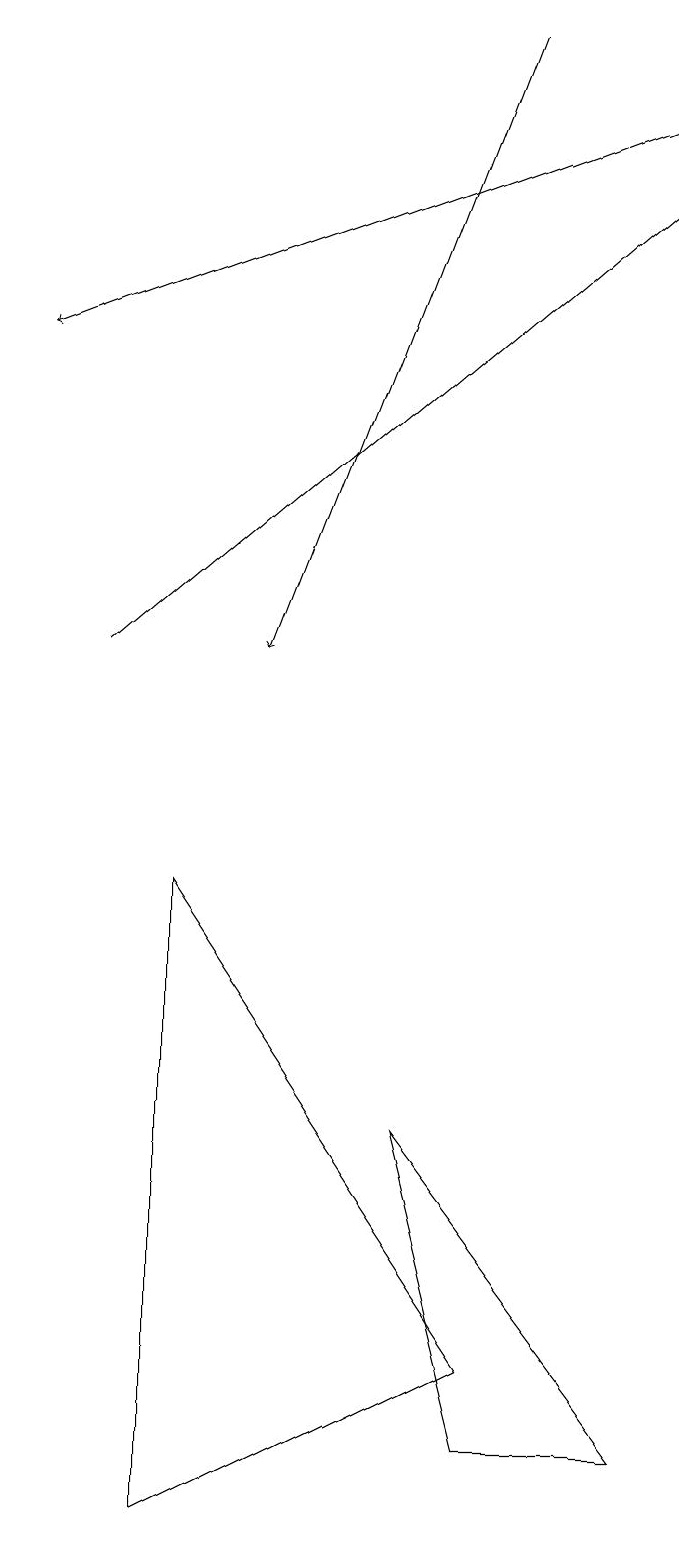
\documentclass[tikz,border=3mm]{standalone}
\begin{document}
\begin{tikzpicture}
\draw[->] (9,18) -- (1,15);
\draw (7,1) -- (6,5) -- (9,1) -- cycle;
\draw (7,2) -- (3,8) -- (3,0) -- cycle;
\draw[->] (7,19) -- (4,11);
\draw[->] (2,11) -- (9,17);
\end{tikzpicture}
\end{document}